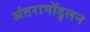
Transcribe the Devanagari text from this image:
अंतरामॉडुलन